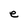
Character: e